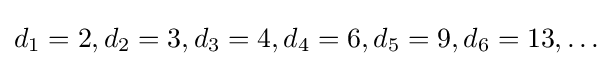
d_{1}=2,d_{2}=3,d_{3}=4,d_{4}=6,d_{5}=9,d_{6}=13,\ldots